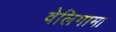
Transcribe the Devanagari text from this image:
वेलिगामा